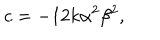
c = { - 1 2 k \alpha ^ { 2 } \beta ^ { 2 } } ,